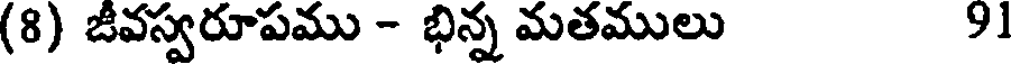
(8) జీవస్వరూపము - భిన్న మతములు 91